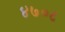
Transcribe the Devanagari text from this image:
४७०८